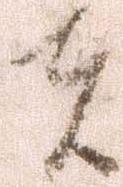
者